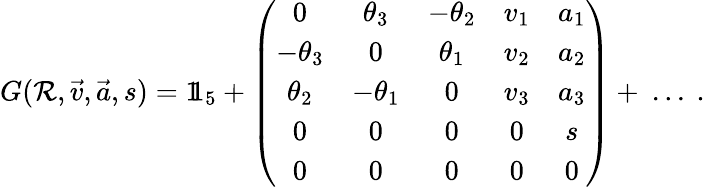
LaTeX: G(\mathcal{R},{\vec{{v}}},{\vec{{a}}},s)=1\! \! 1_{5}+\left({\begin{array}{ccccc}{0}&{\theta_{3}}&{-\theta_{2}}&{v_{1}}&{a_{1}}\\ {-\theta_{3}}&{0}&{\theta_{1}}&{v_{2}}&{a_{2}}\\ {\theta_{2}}&{-\theta_{1}}&{0}&{v_{3}}&{a_{3}}\\ {0}&{0}&{0}&{0}&{s}\\ {0}&{0}&{0}&{0}&{0}\end{array}}\right)+\ ...~.